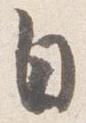
自